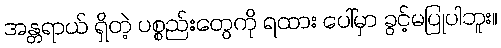
အန္တရာယ် ရှိတဲ့ ပစ္စည်းတွေကို ရထား ပေါ်မှာ ခွင့်မပြုပါဘူး။